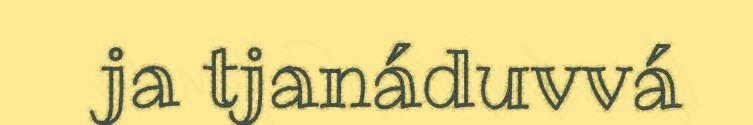
ja tjanáduvvá